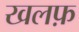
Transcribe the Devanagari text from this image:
खलफ़